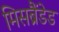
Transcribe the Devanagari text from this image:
मिसब्रैंडेड